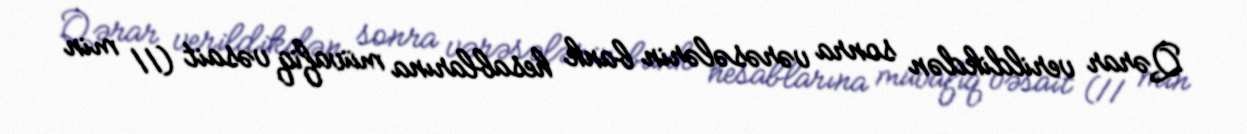
Qərar verildikdən sonra vərəsələrin bank hesablarına müvafiq vəsait (11 min